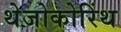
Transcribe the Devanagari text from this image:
थेजोकोरिंथ